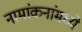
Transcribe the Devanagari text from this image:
नामांकनांमध्ये